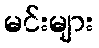
မင်းများ